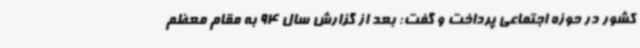
کشور در حوزه اجتماعی پرداخت و گفت: بعد از گزارش سال 94 به مقام معظم